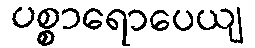
ပစ္စာရောပေယျ